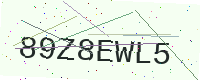
Text: 89Z8EWL5